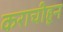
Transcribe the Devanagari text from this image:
कराचीहून